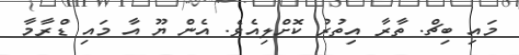
މައި ބިޗް. ތާރާ އިތުރު ކޮށްލިއެވެ. އެން ޔޫ އާ މައި ޑްރާމާ